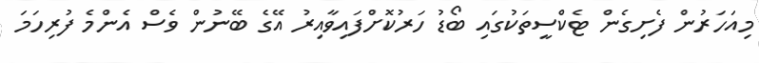
މިއަހަރުން ފެށިގެން ޓެކްސީތަކުގައި ބޯޑު ހަރުކޮށްފައިވާއިރު އޭގެ ބޭނުން ވެސް އެންމެ ފުރިހަމަ